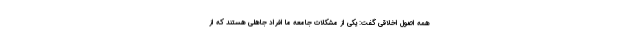
همه اصول اخلاقی گفت: یکی از مشکلات جامعه ما افراد جاهلی هستند که از